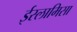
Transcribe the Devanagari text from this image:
ईस्लामिसा